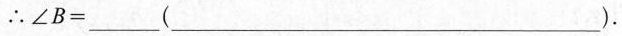
∴ $$ ∠ B = ___ $$ (___)。